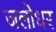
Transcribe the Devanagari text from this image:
जलोधर